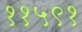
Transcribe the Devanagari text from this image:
११५९१